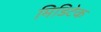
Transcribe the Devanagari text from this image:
मिडिटेक